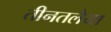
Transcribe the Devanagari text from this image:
तीनतलैया